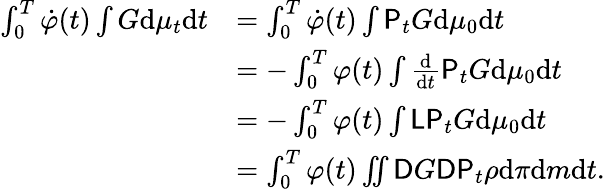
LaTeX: \begin{array}{rl}{\int_{0}^{T}\dot{\varphi}(t)\int G\mathrm{d}\mu_{t}\mathrm{d}t}&{=\int_{0}^{T}\dot{\varphi}(t)\int\mathsf{P}_{t}G\mathrm{d}\mu_{0}\mathrm{d}t}\\ &{=-\int_{0}^{T}\varphi(t)\int\frac{\mathrm{d}}{\mathrm{d}t}\mathsf{P}_{t}G\mathrm{d}\mu_{0}\mathrm{d}t}\\ &{=-\int_{0}^{T}\varphi(t)\int\mathsf{L}\mathsf{P}_{t}G\mathrm{d}\mu_{0}\mathrm{d}t}\\ &{=\int_{0}^{T}\varphi(t)\iint\mathsf{D}G\mathsf{D}\mathsf{P}_{t}\rho\mathrm{d}\pi\mathrm{d}m\mathrm{d}t.}\end{array}